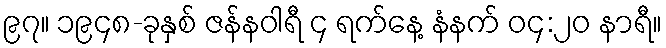
၉၇။ ၁၉၄၈-ခုနှစ် ဇန်နဝါရီ ၄ ရက်နေ့ နံနက် ၀၄:၂၀ နာရီ။